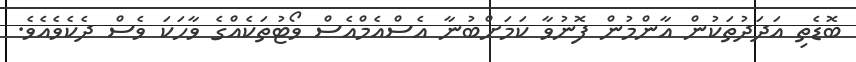
ބޮޑެތި އަދަދުތަކުން އާންމުން ފޮނުވާ ކަމަށްބުނާ އެސްއެމްއެސް ވޯޓުތަކެއްގެ ވާހަކަ ވެސް ދެކެވެއެވެ.